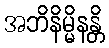
အဘိနိမ္မိနန္တိ